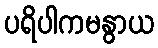
ပရိပါကမနွာယ